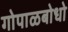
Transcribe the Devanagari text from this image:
गोपाळबोधो